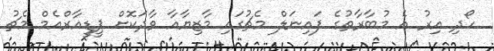
ހޯދި އިރު އެ މުބާރާތުގެ ފައިނަލް މެޗުގައި މާޒިޔާއާ ވާދަކޮށް ޕީޑީއާރްއެމް މެޗު